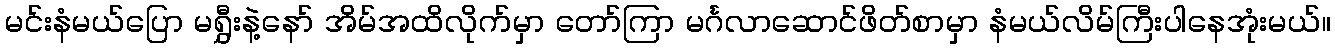
မင်းနံမယ်ပြော မရွှီးနဲ့နော် အိမ်အထိလိုက်မှာ တော်ကြာ မင်္ဂလာဆောင်ဖိတ်စာမှာ နံမယ်လိမ်ကြီးပါနေအုံးမယ်။